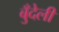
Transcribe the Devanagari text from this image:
बुँदेली